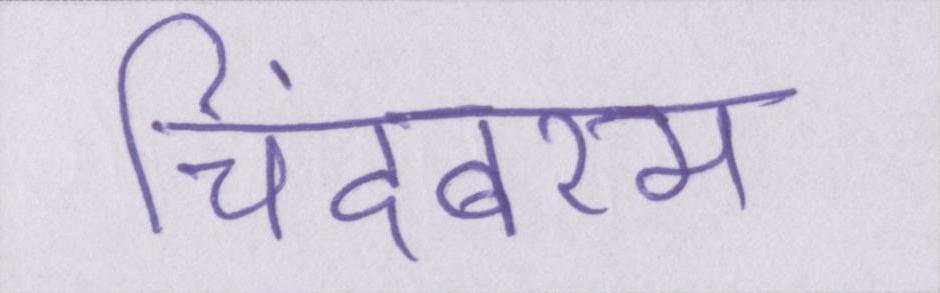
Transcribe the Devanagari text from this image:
चिदंबरम